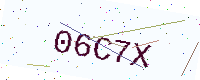
Text: 06C7X